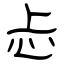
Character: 忐